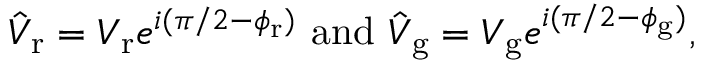
\hat { V } _ { \mathrm { r } } = V _ { \mathrm { r } } e ^ { i ( \pi / 2 - \phi _ { \mathrm { r } } ) } \, \, \mathrm { a n d } \, \, \hat { V } _ { \mathrm { g } } = V _ { \mathrm { g } } e ^ { i ( \pi / 2 - \phi _ { \mathrm { g } } ) } ,